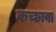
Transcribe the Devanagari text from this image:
कच्छावा